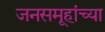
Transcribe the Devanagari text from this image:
जनसमूहांच्या